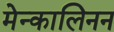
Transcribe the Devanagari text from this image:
मेन्कालिनन